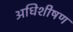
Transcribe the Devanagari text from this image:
अधिशीषण